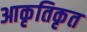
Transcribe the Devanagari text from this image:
आकृतिकृत